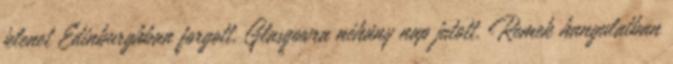
jelenet Edinburghban forgott, Glasgowra néhány nap jutott. Remek hangulatban